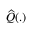
{ \widehat Q } ( . )